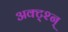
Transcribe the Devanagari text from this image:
अक्ट्श्न्